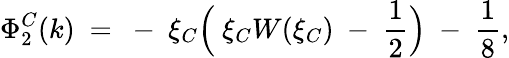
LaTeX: \Phi_{2}^{C}(k)~=~-~\xi_{C}\Bigl(~\xi_{C}W(\xi_{C})~-~\frac{1}{2}\Bigr)~-~\frac{1}{8},